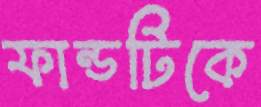
ফান্ডটিকে